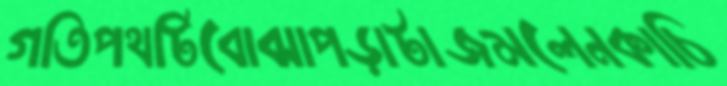
গতিপথটিবোঝাপড়াটাজমলেনকাচি